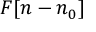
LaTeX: F [ n - n _ { 0 } ]